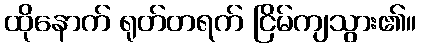
ထိုနောက် ရုတ်တရက် ငြိမ်ကျသွား၏။